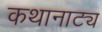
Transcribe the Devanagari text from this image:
कथानाट्य